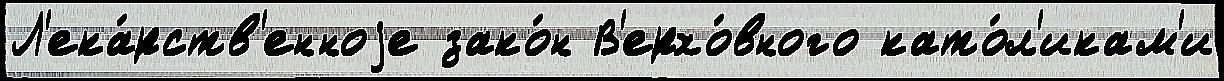
Л'ека́рств'енноjе зако́н В'ерхо́вного като́л'икам'и